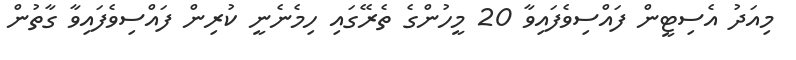
މިއަދު އެސިޓީން ފައްސިވެފައިވާ 20 މީހުންގެ ތެރޭގައި ހިމެނެނީ ކުރިން ފައްސިވެފައިވާ ގާތުން